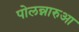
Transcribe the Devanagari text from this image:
पोलन्नारुआ